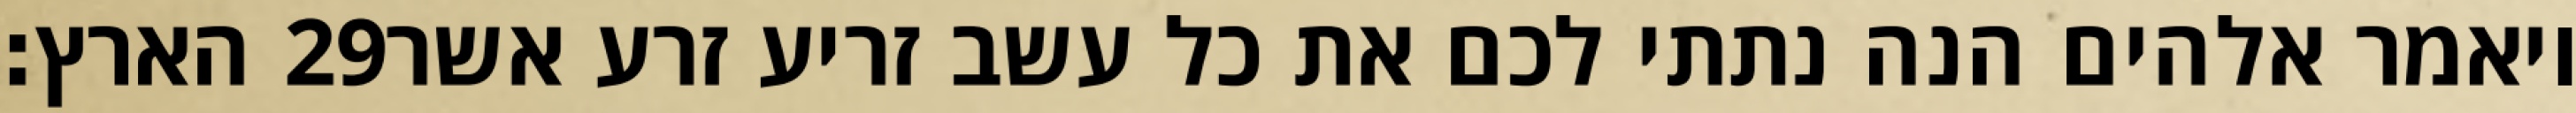
הארץ׃ ‎29‏ ויאמר אלהים הנה נתתי לכם את כל עשב זריע זרע אשר